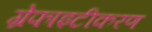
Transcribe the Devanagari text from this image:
ग्रेफाइटीकरण